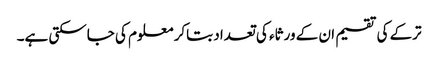
ترکے کی تقسیم ان کے ورثاء کی تعداد بتاکر معلوم کی جاسکتی ہے۔